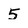
Character: 5